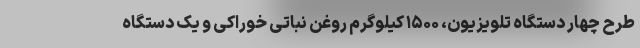
طرح چهار دستگاه تلویزیون، ۱۵۰۰ کیلوگرم روغن نباتی خوراکی و یک دستگاه